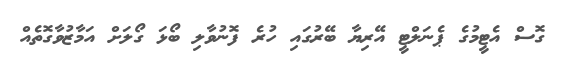
ގޮސް އެޓީމުގެ ޕެނަލްޓީ އޭރިޔާ ބޭރުގައި ހުރެ ފޮނުވާލި ބޯޅަ ގޯލަށް އަމާޒުވާގޮތެއް